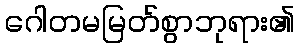
ဂေါတမမြတ်စွာဘုရား၏